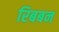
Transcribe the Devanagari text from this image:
रिबबन